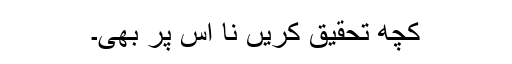
کچھ تحقیق کریں نا اس پر بھی۔